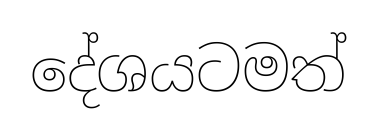
දේශයටමත්